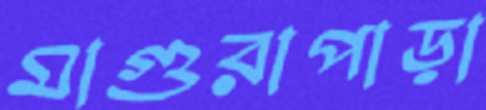
মাগুরাপাড়া